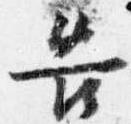
告